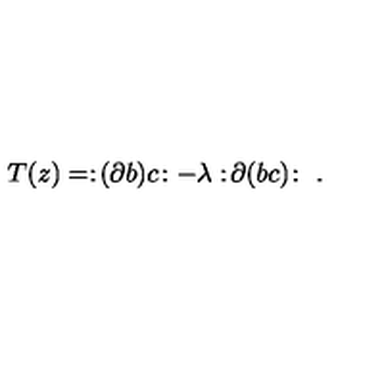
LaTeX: T ( z ) = : \! ( \partial b ) c \! : - \lambda : \! \partial ( b c ) \! : \ .